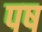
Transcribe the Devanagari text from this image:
पष